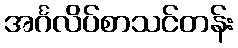
အင်္ဂလိပ်စာသင်တန်း